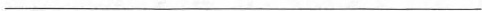
___